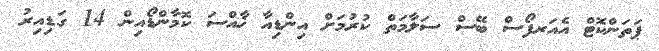
ޕަތަންކޮޓް އެއަރފޯސް ބޭސް ސަލާމަތް ކުރުމަށް އިންޑިއާ ޚާއްސަ ކޮމާންޑޯއިން 14 ގަޑިއިރު